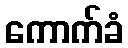
ကောက်ခံ